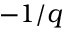
- 1 / q